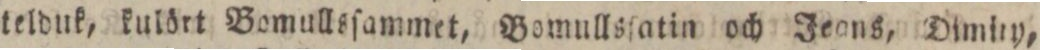
telduk, kulört Bomullsſammet, Bomullsſatin och Jeons, Dimiry,